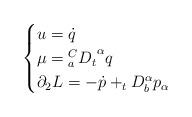
LaTeX: \begin{align*}\begin{cases} u=\dot{q}\\\mu={_a^CD_t}^\alpha q\\\partial_2L=-\dot{p}+_tD_b^\alpha p_{\alpha}\end{cases}\end{align*}